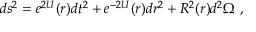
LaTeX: d s ^ { 2 } = e ^ { 2 U } ( r ) d t ^ { 2 } + e ^ { - 2 U } ( r ) d r ^ { 2 } + R ^ { 2 } ( r ) d ^ { 2 } \Omega \ ,